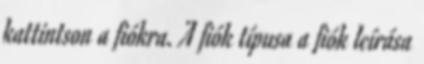
kattintson a fiókra. A fiók típusa a fiók leírása